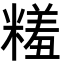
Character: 𬖱